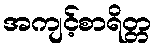
အကျင့်စာရိတ္တ